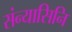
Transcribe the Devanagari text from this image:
संन्यासिनि